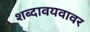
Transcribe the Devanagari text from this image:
शब्दावयवावर